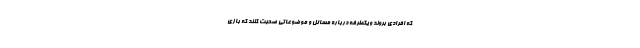
که افرادی بروند و یکطرفه درباره مسائل و موضوعاتی صحبت کنند که بازی